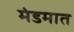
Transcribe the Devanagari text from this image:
मंडमात